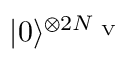
\ensuremath { \lvert { 0 } \rangle } ^ { \otimes 2 N _ { \mathrm { ~ V ~ } } }